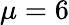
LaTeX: \mu=6